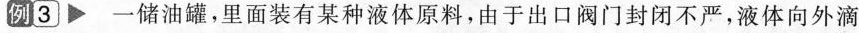
例3 一储油罐，里面装有某种液体原料，由于出口阀门封闭不严，液体向外滴